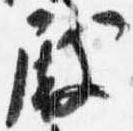
殿